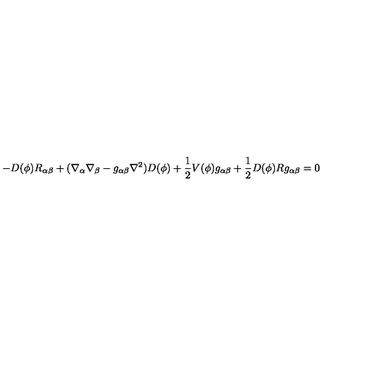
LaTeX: - D ( \phi ) R _ { \alpha \beta } + ( \nabla _ { \alpha } \nabla _ { \beta } - g _ { \alpha \beta } \nabla ^ { 2 } ) D ( \phi ) + \frac { 1 } { 2 } V ( \phi ) g _ { \alpha \beta } + \frac { 1 } { 2 } D ( \phi ) R g _ { \alpha \beta } = 0